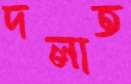
দলাত